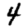
Digit: 4